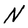
Character: N